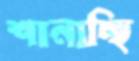
শানাচ্ছি